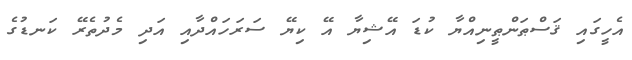
އެހީގައި ޤަސްޠަންޠީނިއްޔާ ކުޑަ އޭޝިޔާ އޭ ކިޔޭ ސަރަހައްދާއި އަދި މެދުތެރޭ ކަނޑުގެ